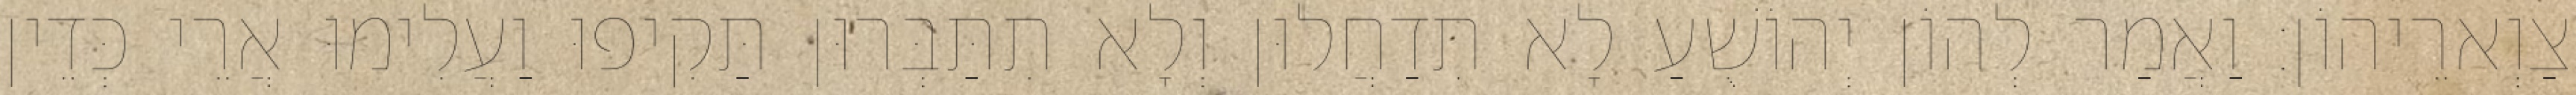
צַוְארֵיהוֹן׃ וַאֲמַר לְהוֹן יְהוֹשֻׁעַ לָא תִדַחֲלוּן וְלָא תִתַּבְּרוּן תַּקִיפוּ וַעֲלִימוּ אֲרֵי כְּדֵין